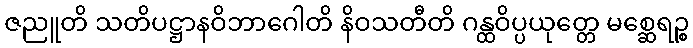
ဇညူတိ သတိပဋ္ဌာနဝိဘာဂေါတိ နိဝသတီတိ ဂန္ထဝိပ္ပယုတ္တေ မစ္ဆေရဉ္စ